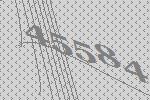
45584